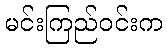
မင်းကြည်ဝင်းက